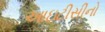
આઇટીસીનો